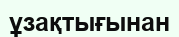
ұзақтығынан